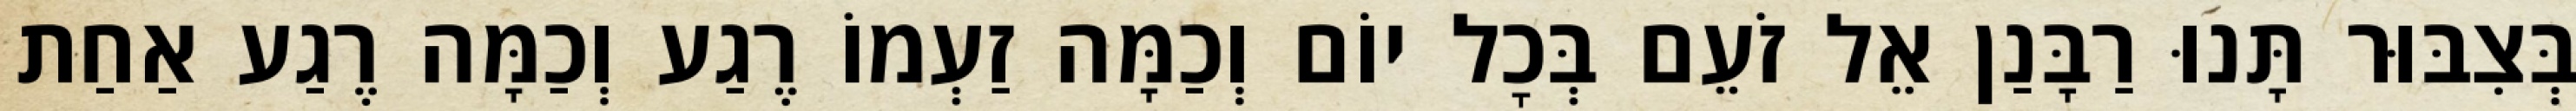
בְּצִבּוּר תָּנוּ רַבָּנַן אֵל זֹעֵם בְּכׇל יוֹם וְכַמָּה זַעְמוֹ רֶגַע וְכַמָּה רֶגַע אַחַת